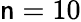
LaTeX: \mathsf{n}=10